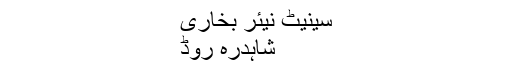
سینیٹ نیئر بخاری
شاہدرہ روڈ